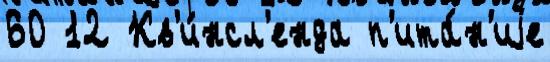
60 12 Кв'и́нсл'енда п'ита́н'иjе